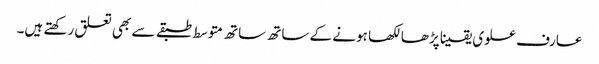
عارف علوی یقینا پڑھا لکھا ہونے کے ساتھ ساتھ متوسط طبقے سے بھی تعلق رکھتے ہیں۔